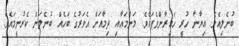
ބުނެލިއެވެ. އިޔާނާ ހުރީ ހައިރާންވެފައެވެ. މަންމައާއި ދިމާއަށް އެވަރުގެ ބަހެއް ބުނެލަން ކެރުނީމައެވެ.